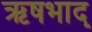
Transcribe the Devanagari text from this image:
ऋषभाद्